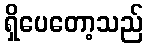
ရှိပေတော့သည်